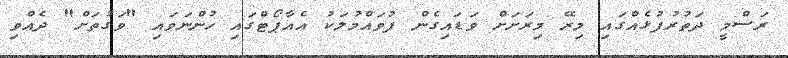
ރަސްމީ ދަތުރުފުޅެއްގައި މިރޭ މިރަށަށް ވަޑައިގެން ފުވައްމުލަކު އެއާޕޯޓްގައި ހުންނަވައި "ވަގުތަށް" ދެއްވި